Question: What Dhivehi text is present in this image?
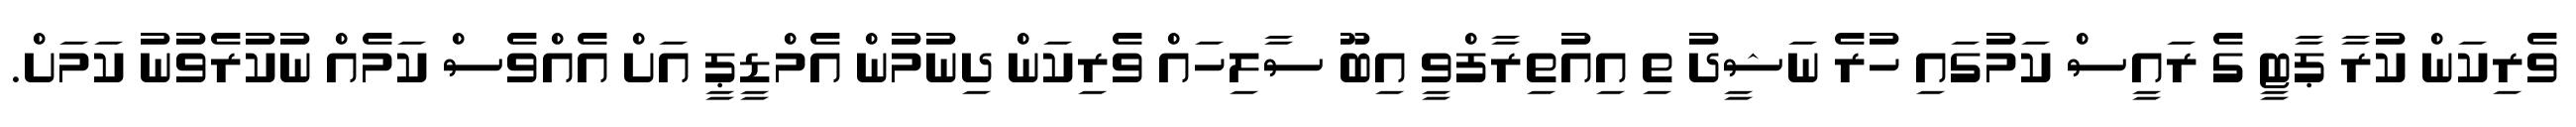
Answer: ވެރިކަން ކުރާ ޕާޓީ ގެ ރައީސް ކަމުގައި ހުރެ ނަޝީދު ތި އިއުތިރާފްވީ އިބޫ ސާލިހައް ވެރިކަން ދިނުމުން އެމްޑީޕީ އަށް އެއްވެސް ކަމެއް ނުކުރެވުނު ކަމަށް.